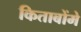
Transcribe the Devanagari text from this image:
किताबोंमे